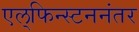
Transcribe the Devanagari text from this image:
एल्‌फिन्स्टननंतर